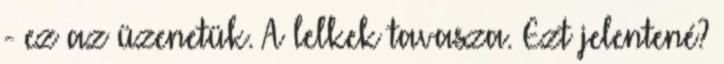
- ez az üzenetük. A lelkek tavasza. Ezt jelentené?